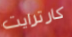
كارترايت